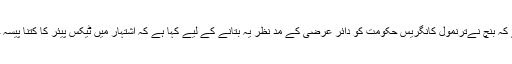
قابل ذکر ہے کہ بنچ نےترنمول کانگریس حکومت کو دائر عرضی کے مد نظر یہ بتانے کے لیے کہا ہے کہ اشتہار میں ٹیکس پیئر کا کتنا پیسہ خرچ کیا گیا۔